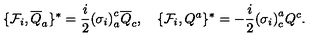
\lbrace { \cal F } _ { i } , { \overline { { Q } } } _ { a } \rbrace ^ { \ast } = \frac { i } { 2 } { ( \sigma _ { i } ) } _ { a } ^ { c } { \overline { { Q } } } _ { c } , \quad \lbrace { \cal F } _ { i } , Q ^ { a } \rbrace ^ { \ast } = - \frac { i } { 2 } { ( \sigma _ { i } ) } _ { c } ^ { a } Q ^ { c } .